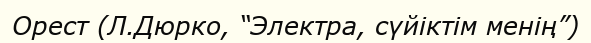
Орест (Л.Дюрко, “Электра, сүйіктім менің”)